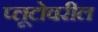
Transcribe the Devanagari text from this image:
प्लूटोवरील